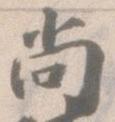
尚